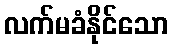
လက်မခံနိုင်သော